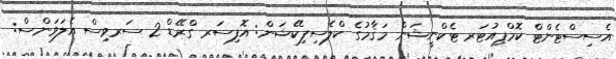
އެސިސްޓެންޓް ކޮމްޕިއުޓަރ ޓެކްނީޝަން މަޤާމުގެ ކްލެސިފިކޭޝަން: އޮފިސަރ ގްރޭޑް 2 ސަރވިސް އެލަވަންސް: